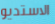
الاستديو